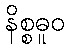
နိစ္စဓူဝ